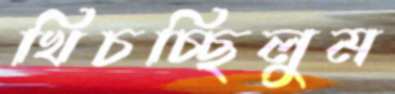
খিচচ্ছিলুম